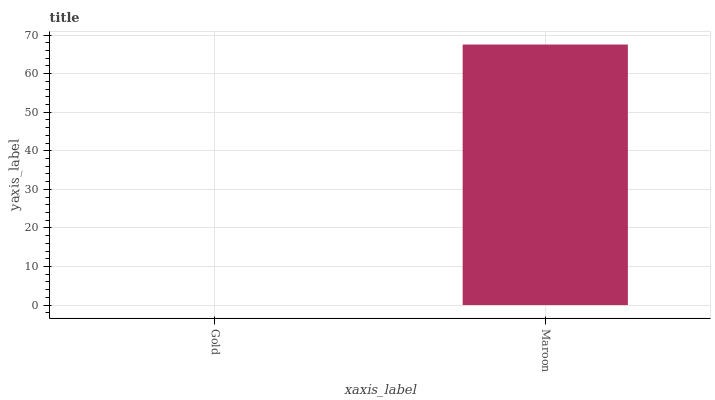
| xaxis_label | bars |
 | --- | --- |
 | Gold | 0 |
 | Maroon | 67.5 |